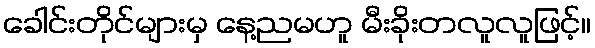
ခေါင်းတိုင်များမှ နေ့ညမဟူ မီးခိုးတလူလူဖြင့်။